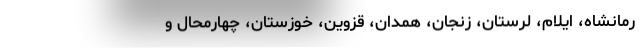
رمانشاه، ایلام، لرستان، زنجان، همدان، قزوین، خوزستان، چهارمحال و